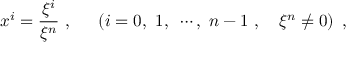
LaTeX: x ^ { i } = \frac { \xi ^ { i } } { \xi ^ { n } } ~ , ~ ~ ~ ~ \left( i = 0 , ~ 1 , ~ \cdots , ~ n - 1 ~ , ~ ~ ~ \xi ^ { n } \not = 0 \right) ~ ,